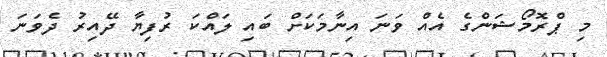
މި ޕްރޮމޯޝަންގެ އެއް ވަނަ އިނާމަކަށް ބައި ލައްކަ ރުފިޔާ ދޭއިރު ދެވަނަ